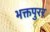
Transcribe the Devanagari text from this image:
भक्तपुरर